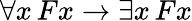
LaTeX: \forall x\, Fx\rightarrow\exists x\, Fx